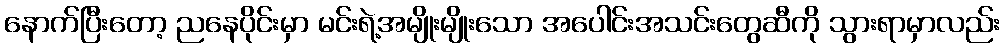
နောက်ပြီးတော့ ညနေပိုင်းမှာ မင်းရဲ့အမျိုးမျိုးသော အပေါင်းအသင်းတွေဆီကို သွားရာမှာလည်း